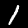
Digit: 1